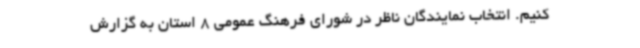
کنیم. انتخاب نمایندگان ناظر در شورای فرهنگ عمومی 8 استان به گزارش